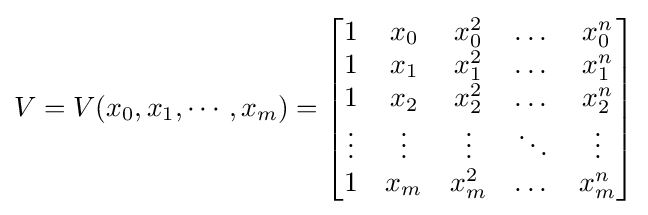
V=V(x_{0},x_{1},\cdots ,x_{m})={\begin{bmatrix}1&x_{0}&x_{0}^{2}&\dots &x_{0}^{n}\\1&x_{1}&x_{1}^{2}&\dots &x_{1}^{n}\\1&x_{2}&x_{2}^{2}&\dots &x_{2}^{n}\\\vdots &\vdots &\vdots &\ddots &\vdots \\1&x_{m}&x_{m}^{2}&\dots &x_{m}^{n}\end{bmatrix}}